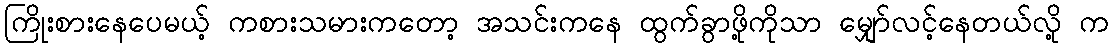
ကြိုးစားနေပေမယ့် ကစားသမားကတော့ အသင်းကနေ ထွက်ခွာဖို့ကိုသာ မျှော်လင့်နေတယ်လို့ က